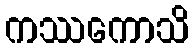
ကဿကောသိ